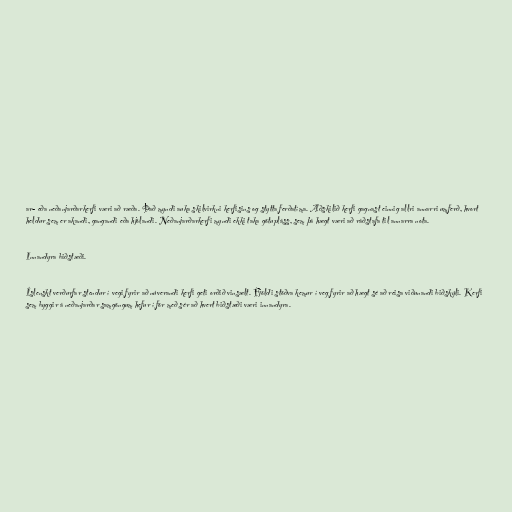
ar- eða neðanjarðarkerfi væri að ræða. Það myndi auka skilvirkni kerfisins og stytta ferðatíma. Aðskilið kerfi gagnast einnig allri annarri umferð, hvort
heldur sem er akandi, gangandi eða hjólandi. Neðanjarðarkerfi myndi ekki taka götupláss, sem þá hægt væri að ráðstafa til annarra nota.

Innandyra biðstæði.

Íslenskt verðurfar stendur í vegi fyrir að núverandi kerfi geti orðið vinsælt. Fjöldi stöðva kemur í veg fyrir að hægt sé að reisa viðunandi biðskýli. Kerfi
sem byggir á neðanjarðar samgöngum hefur í för með sér að hvert biðstæði væri innandyra.